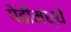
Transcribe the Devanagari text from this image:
पेढीमध्ये